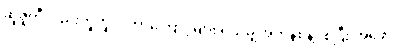
ဆူဇူကီလည်းတူတူပဲ၊ ဘာကြောင့်များ ရှိသမျှအကုန်စွန့်ပစ်ပြီး အဖော်